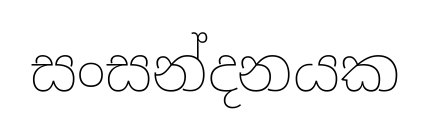
සංසන්දනයක